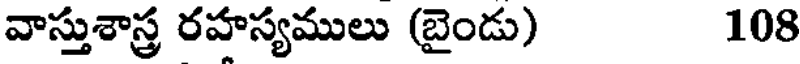
వాస్తుశాస్త్ర రహస్యములు (బైండు) 108